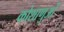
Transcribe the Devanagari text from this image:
कोशाणुओं